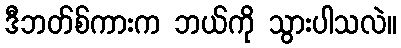
ဒီဘတ်စ်ကားက ဘယ်ကို သွားပါသလဲ။